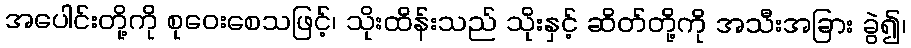
အပေါင်းတို့ကို စုဝေးစေသဖြင့်၊ သိုးထိန်းသည် သိုးနှင့် ဆိတ်တို့ကို အသီးအခြား ခွဲ၍၊